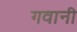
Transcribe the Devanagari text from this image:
गवानी